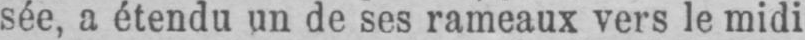
sée, a étendu un de ses rameaux vers le midi